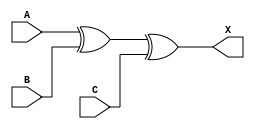
module sky130_fd_sc_ms__xor3_1 (
    X,
    A,
    B,
    C
);
    output X;
    input  A;
    input  B;
    input  C;
    wire xor0_out_X;
    xor xor0 (xor0_out_X, A, B, C        );
    buf buf0 (X         , xor0_out_X     );
endmodule